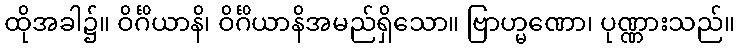
ထိုအခါ၌။ ဝိင်္ဂိယာနိ၊ ဝိင်္ဂိယာနိအမည်ရှိသော။ ဗြာဟ္မဏော၊ ပုဏ္ဏားသည်။